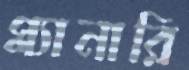
প্ল্যানারি